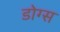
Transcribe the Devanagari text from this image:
डोग्स